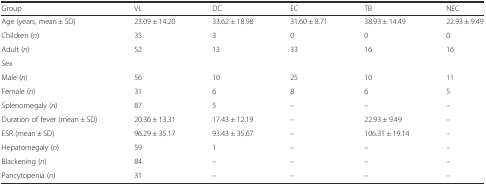
<table><thead><tr><td><b>Group</b></td><td><b>VL</b></td><td><b>DC</b></td><td><b>EC</b></td><td><b>TB</b></td><td><b>NEC</b></td></tr></thead><tbody><tr><td>Age (years, mean ± SD)</td><td>23.09 ± 14.20</td><td>33.62 ± 18.98</td><td>31.60 ± 8.71</td><td>38.93 ± 14.49</td><td>22.93 ± 9.49</td></tr><tr><td>Children (<i>n</i>)</td><td>35</td><td>3</td><td>0</td><td>0</td><td>0</td></tr><tr><td>Adult (<i>n</i>)</td><td>52</td><td>13</td><td>33</td><td>16</td><td>16</td></tr><tr><td>Sex</td><td></td><td></td><td></td><td></td><td></td></tr><tr><td>Male (<i>n</i>)</td><td>56</td><td>10</td><td>25</td><td>10</td><td>11</td></tr><tr><td>Female (<i>n</i>)</td><td>31</td><td>6</td><td>8</td><td>6</td><td>5</td></tr><tr><td>Splenomegaly (<i>n</i>)</td><td>87</td><td>5</td><td>–</td><td>–</td><td>–</td></tr><tr><td>Duration of fever (mean ± SD)</td><td>20.36 ± 13.31</td><td>17.43 ± 12.19</td><td>–</td><td>22.93 ± 9.49</td><td>–</td></tr><tr><td>ESR (mean ± SD)</td><td>96.29 ± 35.17</td><td>93.43 ± 35.67</td><td>–</td><td>106.31 ± 19.14</td><td>–</td></tr><tr><td>Hepatomegaly (<i>n</i>)</td><td>59</td><td>1</td><td>–</td><td>–</td><td>–</td></tr><tr><td>Blackening (<i>n</i>)</td><td>84</td><td>–</td><td>–</td><td>–</td><td>–</td></tr><tr><td>Pancytopenia (<i>n</i>)</td><td>31</td><td>–</td><td>–</td><td>–</td><td>–</td></tr></tbody></table>